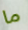
ما